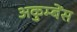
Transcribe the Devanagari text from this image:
अकुम्बेंस